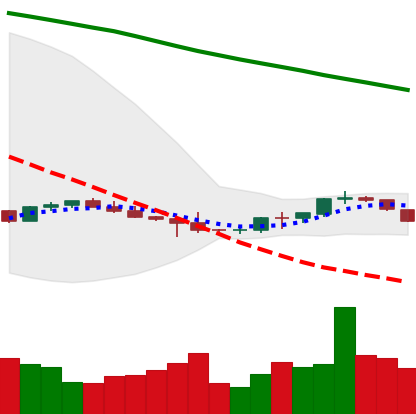
Ticker: BTC-USD
Chart end date: 2022-07-11
Forward return: 6.108%
Label: up_5_7